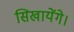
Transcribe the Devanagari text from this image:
सिखायेंगे।